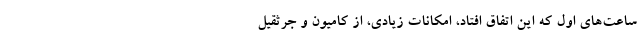
ساعت‌های اول که این اتفاق افتاد، امکانات زیادی، از کامیون و جرثقیل